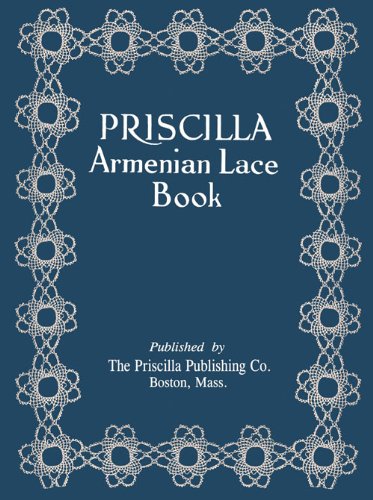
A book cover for Priscilla Armenian Lace c.1923 - Rare Needle Lace Techniques; Priscilla Publishing Co.; Crafts, Hobbies & Home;